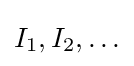
I_{1},I_{2},\ldots